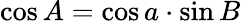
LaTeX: \cos A=\cos a\cdot\sin B